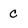
Character: c